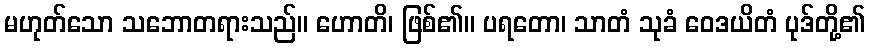
မဟုတ်သော သဘောတရားသည်။ ဟောတိ၊ ဖြစ်၏။ ပရတော၊ သာတံ သုခံ ဝေဒယိတံ ပုဒ်တို့၏